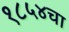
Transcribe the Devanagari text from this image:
१८५४चा